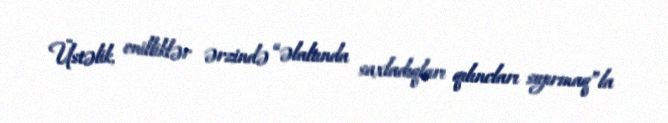
Üstəlik, onilliklər ərzində “əlaltında saxladıqları qılıncları sıyırmaq”la